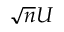
\sqrt { n } U